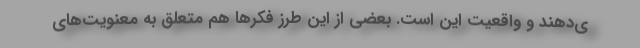
ی‌دهند و واقعیت این است. بعضی از این طرز فکرها هم متعلق به معنویت‌های